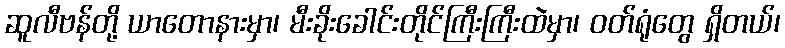
ဆူလီဗန်တို့ ယာတောနားမှာ၊ မီးခိုးခေါင်းတိုင်ကြီးကြီးထဲမှာ၊ ဝတ်ရုံတွေ ရှိတယ်၊